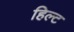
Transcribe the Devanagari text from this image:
हिल्ट